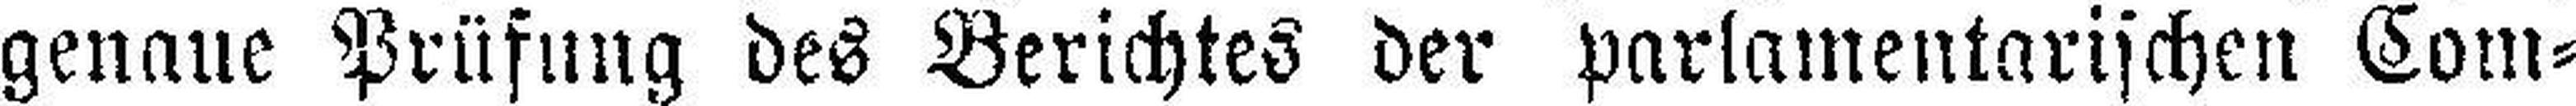
genaue Prüfung des Berichtes der parlamentarischen Com¬